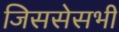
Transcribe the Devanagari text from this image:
जिससेसभी